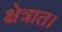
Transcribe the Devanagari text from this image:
क्षेत्रात।